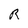
Character: R